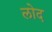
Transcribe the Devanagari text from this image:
लोद